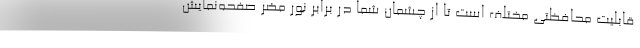
قابلیت محافظتی مختلف است تا از چشمان شما در برابر نور مضر صفحه‌نمایش